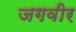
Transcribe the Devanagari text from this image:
जगवीर